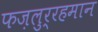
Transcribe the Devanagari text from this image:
फज़लुर्रहमान